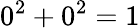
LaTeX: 0^{2}+0^{2}=1